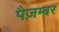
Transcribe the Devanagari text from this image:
पैज़म्बर